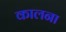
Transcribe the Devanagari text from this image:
कालना